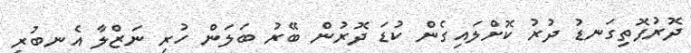
ދޮރުފޮތިގަނޑު ދުރު ކޮށްލައިގެން ކުޑަ ދޮރުން ބޭރު ބަލަން ހުރި ނަޒްލާ އެނބުރި